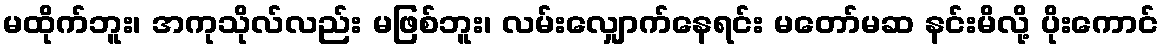
မထိုက်ဘူး၊ အကုသိုလ်လည်း မဖြစ်ဘူး၊ လမ်းလျှောက်နေရင်း မတော်မဆ နင်းမိလို့ ပိုးကောင်